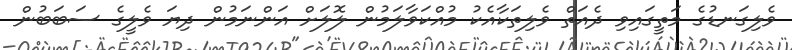
ވެލިގަނޑުގެ މަތީގައިވި ދެއަތް ވެލިތަކާއެކު މުއްކަވާލަމުން ލޮލަށް އަންނަމުން ދިޔަ ވެލީގެ ސަބަބުން